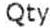
QTY